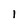
Character: 1